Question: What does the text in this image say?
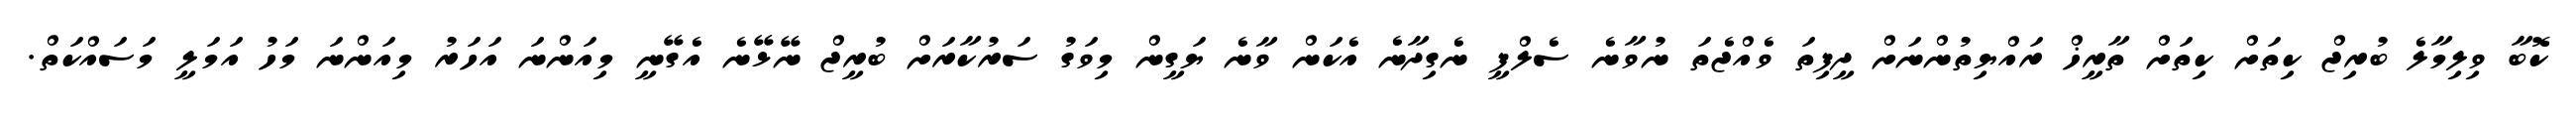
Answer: ކޮބާ ވިލިމާލެ ބުރިޖް ކިތަށް ކިތަށް ތާރީޚް ރައްޔިތުންނަށް ދީފިތަ ވެއްޖެތަ ނުވާނެ ސެލްފީ ނެގިދާނެ އެކަން ވާނެ ޔަގީން މިވަގު ސަރުކާރަށް ބުރީޖް ނޭޅޭނެ އެގޭނީ މިއަންނަ އަހަރު މިއަންނަ މަހު އަމަލީ މަސައްކަތް.